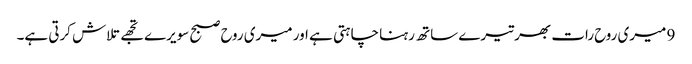
9 میری روح رات بھر تیرے ساتھ رہنا چاہتی ہے اور میری روح صبح سویرے تجھے تلاش کرتی ہے۔